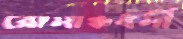
রোমাঞ্চধর্মী